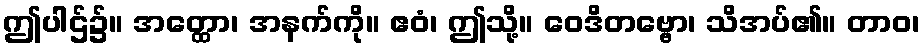
ဤပါဌ်၌။ အတ္ထော၊ အနက်ကို။ ဧဝံ၊ ဤသို့။ ဝေဒိတဗ္ဗော၊ သိအပ်၏။ တာဝ၊